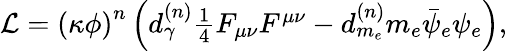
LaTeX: \begin{array}{r}{\mathcal{L}=\left(\kappa\phi\right)^{n}\left(d_{\gamma}^{(n)}\frac{1}{4}F_{\mu\nu}F^{\mu\nu}-d_{m_{e}}^{(n)}m_{e}\bar{\psi}_{e}\psi_{e}\right),}\end{array}